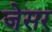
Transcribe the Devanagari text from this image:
जेसर